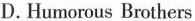
D.Humorous Brothers